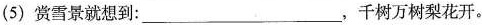
(5) 赏雪景就想到：___，千树万树梨花开。